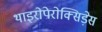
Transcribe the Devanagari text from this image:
थाइरोपेरोक्सिड़ेस